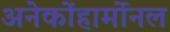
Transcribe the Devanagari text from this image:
अनेकोंहार्मोनल